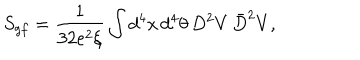
S _ { g f } = \frac { 1 } { 3 2 e ^ { 2 } \xi } \int d ^ { 4 } x \, d ^ { 4 } \theta \, D ^ { 2 } V \, \bar { D } ^ { 2 } V ,